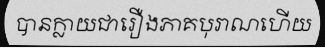
បានក្លាយជារឿងភាគបុរាណហើយ